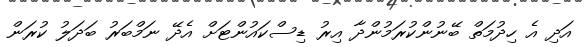
އަދި އެ ހިދުމަތް ބޭނުންކުރަމުންދާ އިރު ޑިސްކައުންޓަށް އެދޭ ނަމްބަރު ބަދަލު ކުރަން